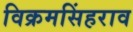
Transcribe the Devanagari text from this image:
विक्रमसिंहराव